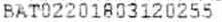
BAT02201803120255